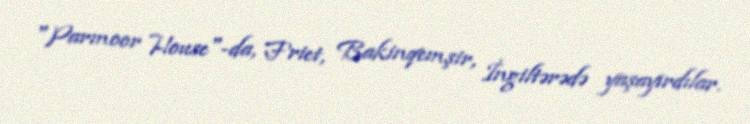
"Parmoor House"-da, Friet, Bakinqemşir, İngiltərədə yaşayırdılar.